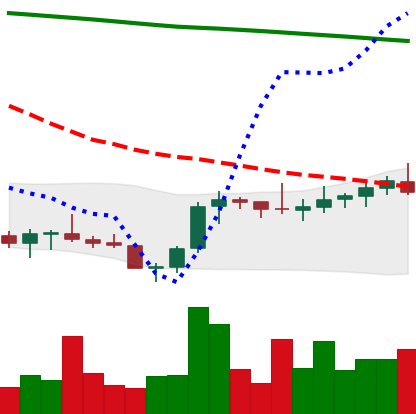
Ticker: XLM-USD
Chart end date: 2021-08-01
Forward return: 3.104%
Label: up_3_5